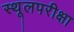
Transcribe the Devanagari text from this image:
स्थूलपरीक्षा